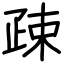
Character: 疎